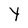
Character: Y